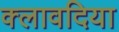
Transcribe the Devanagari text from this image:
क्लावदिया